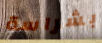
بشراسة